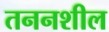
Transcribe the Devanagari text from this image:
तननशील